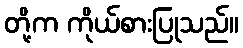
တို့က ကိုယ်စားပြုသည်။